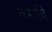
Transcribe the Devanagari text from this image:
कॅम्पांचे